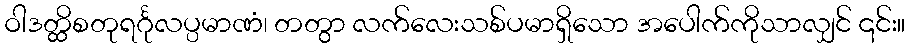
ဝါဒတ္ထိစတုရင်္ဂုလပ္ပမာဏံ၊ တတွာ လက်လေးသစ်ပမာရှိသော အပေါက်ကိုသာလျှင် ၎င်း။